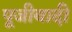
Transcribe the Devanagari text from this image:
पूजीवादी